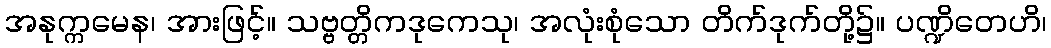
အနုက္ကမေန၊ အားဖြင့်။ သဗ္ဗတ္တိကဒုကေသု၊ အလုံးစုံသော တိက်ဒုက်တို့၌။ ပဏ္ဍိတေဟိ၊